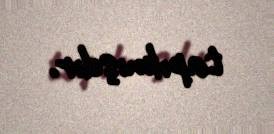
tapılmışdır.